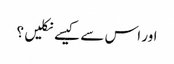
اور اس سے کیسے نکلیں ؟